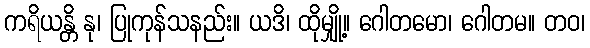
ကရိယန္တိ နု၊ ပြုကုန်သနည်း။ ယဒိ၊ ထိုမျှို့။ ဂေါတမော၊ ဂေါတမ။ တဝ၊